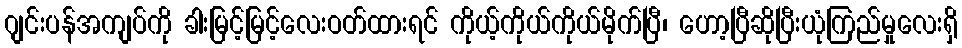
ဂျင်းပန်အကျပ်ကို ခါးမြင့်မြင့်လေးဝတ်ထားရင် ကိုယ့်ကိုယ်ကိုယ်မိုက်ပြီ၊ ဟော့ပြီဆိုပြီးယုံကြည်မှုလေးရှိ